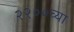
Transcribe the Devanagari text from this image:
२२००च्या